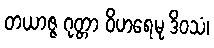
တယာဇ္ဇ ဂုတ္တာ ဝိဟရေမု ဒိဝသံ၊